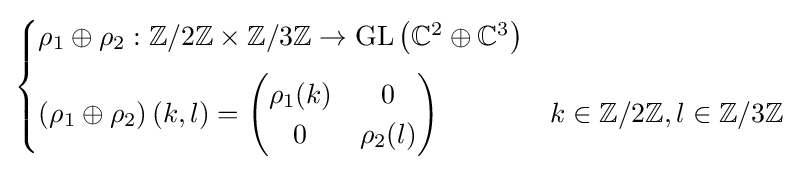
{\begin{cases}\rho _{1}\oplus \rho _{2}:\mathbb {Z} /2\mathbb {Z} \times \mathbb {Z} /3\mathbb {Z} \to {\text{GL}}\left(\mathbb {C} ^{2}\oplus \mathbb {C} ^{3}\right)\\[6pt]\left(\rho _{1}\oplus \rho _{2}\right)(k,l)={\begin{pmatrix}\rho _{1}(k)&0\\0&\rho _{2}(l)\end{pmatrix}}&k\in \mathbb {Z} /2\mathbb {Z} ,l\in \mathbb {Z} /3\mathbb {Z} \end{cases}}